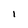
Character: 1